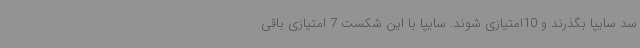
سد سایپا بگذرند و 10امتیازی شوند. سایپا با این شکست 7 امتیازی باقی